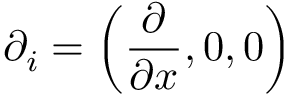
\displaystyle \partial _ { i } = \left( \frac { \partial } { \partial x } , 0 , 0 \right)